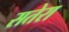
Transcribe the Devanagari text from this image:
सतेरा